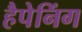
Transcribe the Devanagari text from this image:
हैपेनिंग